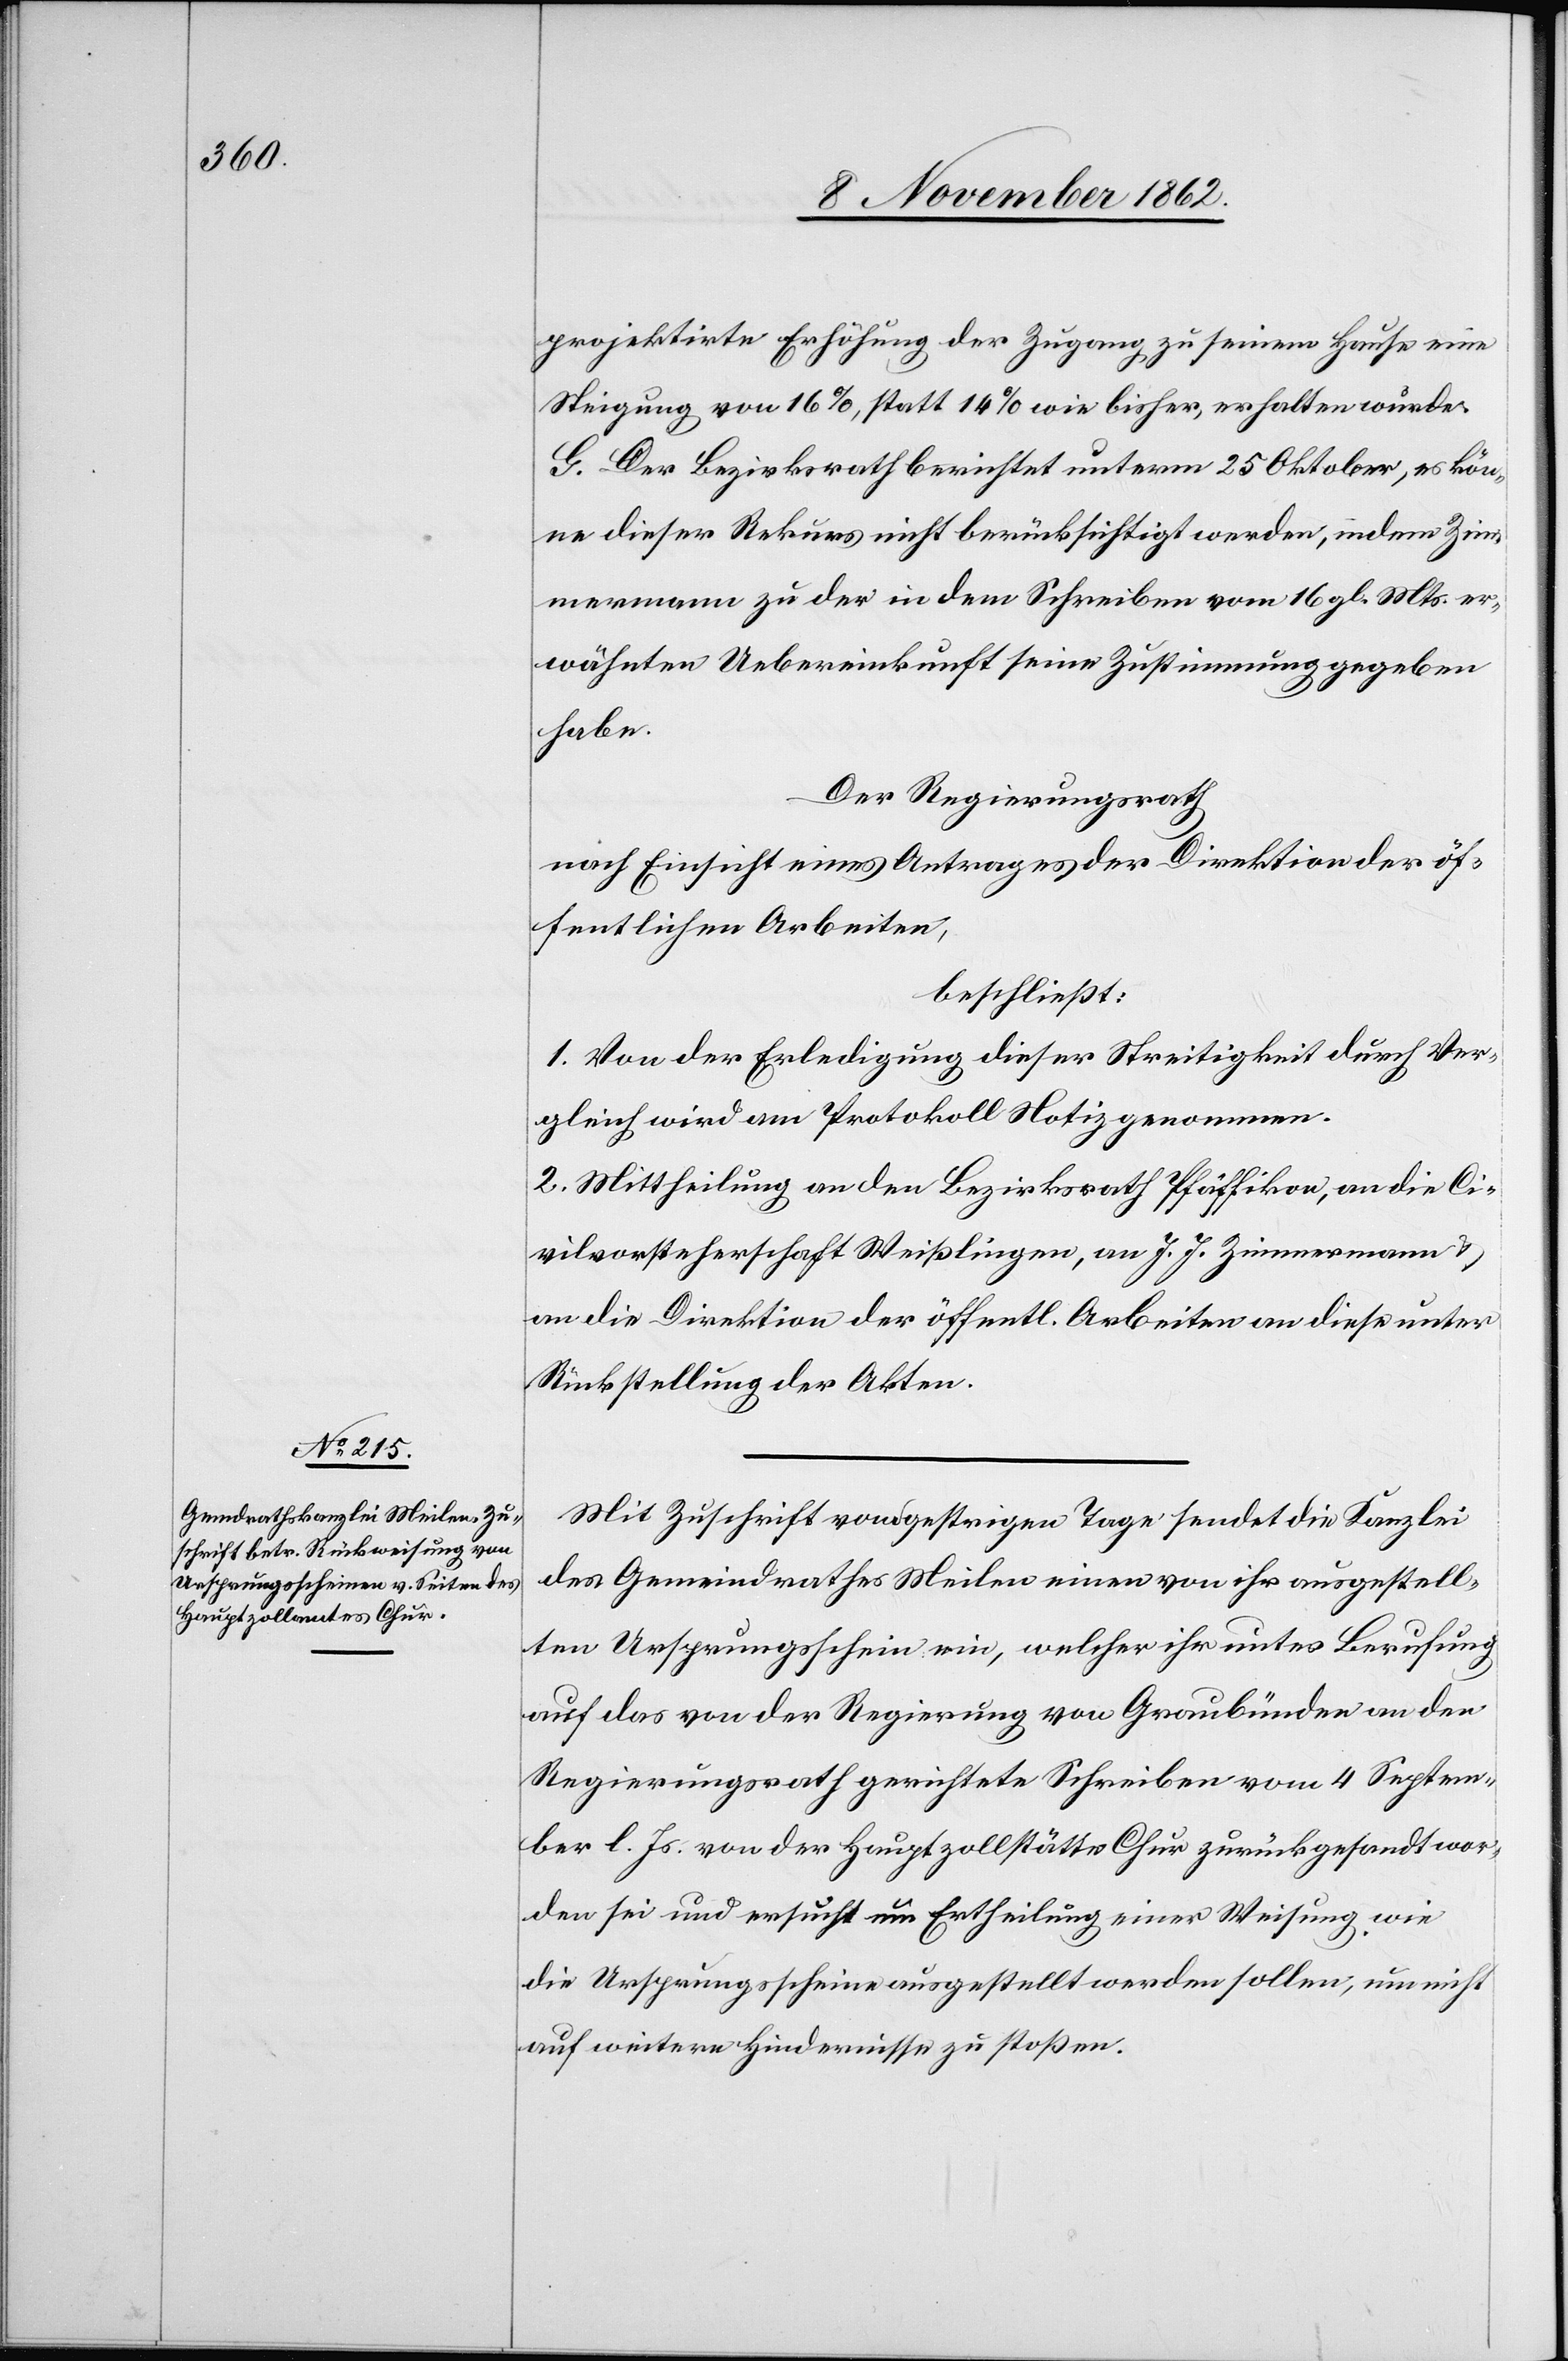
projektirte Erhöhung der Zugang zu seinem Hause eine
Steigung von 16%, statt 14% wie bisher, erhalten würde.
G. Der Bezirksrath berichtet unterm 25. Oktober, es kön¬
ne dieser Rekurs nicht berücksichtigt werden, indem Zim¬
mermann zu der in dem Schreiben vom 16. gl. Mts. er¬
wähnten Uebereinkunft seine Zustimmung gegeben
habe.
Der Regierungsrath
nach Einsicht eines Antrages der Direktion der öf¬
fentlichen Arbeiten,
beschließt:
1. Von der Erledigung dieser Streitigkeit durch Ver¬
gleich wird am Protokoll Notiz genommen.
2. Mittheilung an den Bezirksrath Pfäffikon, an die Ci¬
vilvorsteherschaft Weißlingen, an J. J. Zimmermann u.
an die Direktion der öffentl. Arbeiten an diese unter
Rückstellung der Akten.
Mit Zuschrift vom gestrigen Tage sendet die Kanzlei
des Gemeindrathes Meilen einen von ihr ausgestell¬
ten Ursprungsschein ein, welcher ihr unter Berufung
auf das von der Regierung von Graubünden an den
Regierungsrath gerichtete Schreiben vom 4. Septem¬
ber l. Js. von der Hauptzollstätte Chur zurückgesandt wor¬
den sei und ersucht um Ertheilung einer Weisung wie
die Ursprungsscheine ausgestellt werden sollen, um nicht
auf weitere Hindernisse zu stoßen.